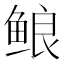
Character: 鿶